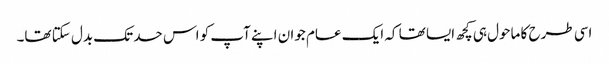
اسی طرح کا ماحول ہی کچھ ایسا تھا کہ ایک عام جوان اپنے آپ کو اس حد تک بدل سکتا تھا۔